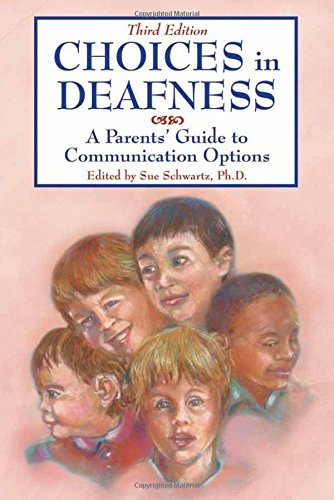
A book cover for Choices in Deafness: A Parents' Guide to Communication Options; Ph.D.; Law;